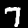
Digit: 7